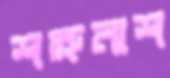
শত্রুনাশ